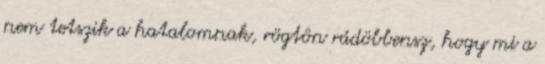
nem tetszik a hatalomnak, rögtön rádöbbensz, hogy mi a